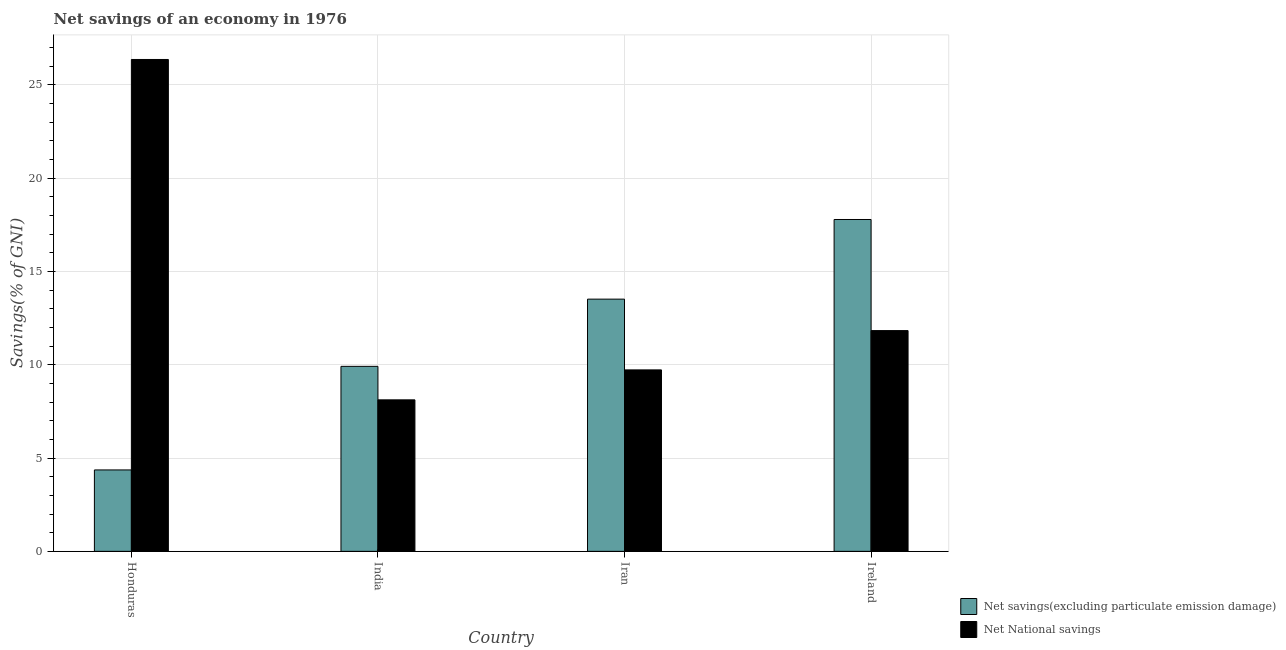
| Country | Net savings(excluding particulate emission damage) | Net National savings |
 | --- | --- | --- |
 | Honduras | 4.36 | 26.4 |
 | India | 9.92 | 8.12 |
 | Iran | 13.5 | 9.73 |
 | Ireland | 17.8 | 11.8 |